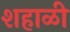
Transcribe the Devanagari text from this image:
शहाळी